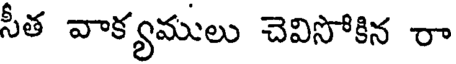
సీత వాక్యములు చెవిసోకిన రా